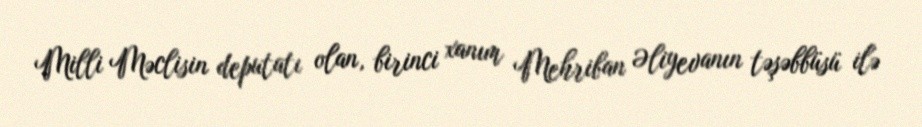
Milli Məclisin deputatı olan, birinci xanım Mehriban Əliyevanın təşəbbüsü ilə